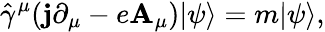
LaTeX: {\hat{\gamma}}^{\mu}(\mathbf{j}\partial_{\mu}-e\mathbf{A}_{\mu})|\psi\rangle=m|\psi\rangle,